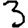
Digit: 3